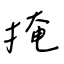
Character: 掩